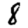
Digit: 8